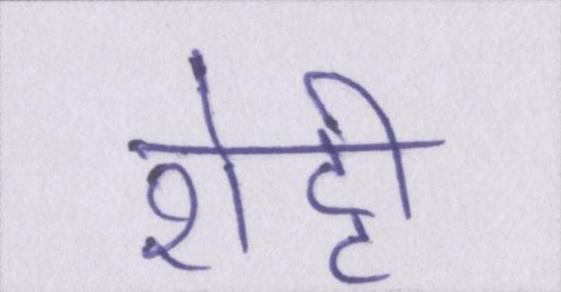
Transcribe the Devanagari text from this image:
शेट्टी